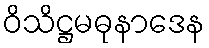
ဝိသိဋ္ဌမဓုနာဒေန